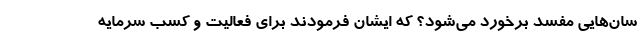
سان‌هایی مفسد برخورد می‌شود؟ که ایشان فرمودند برای فعالیت و کسب سرمایه